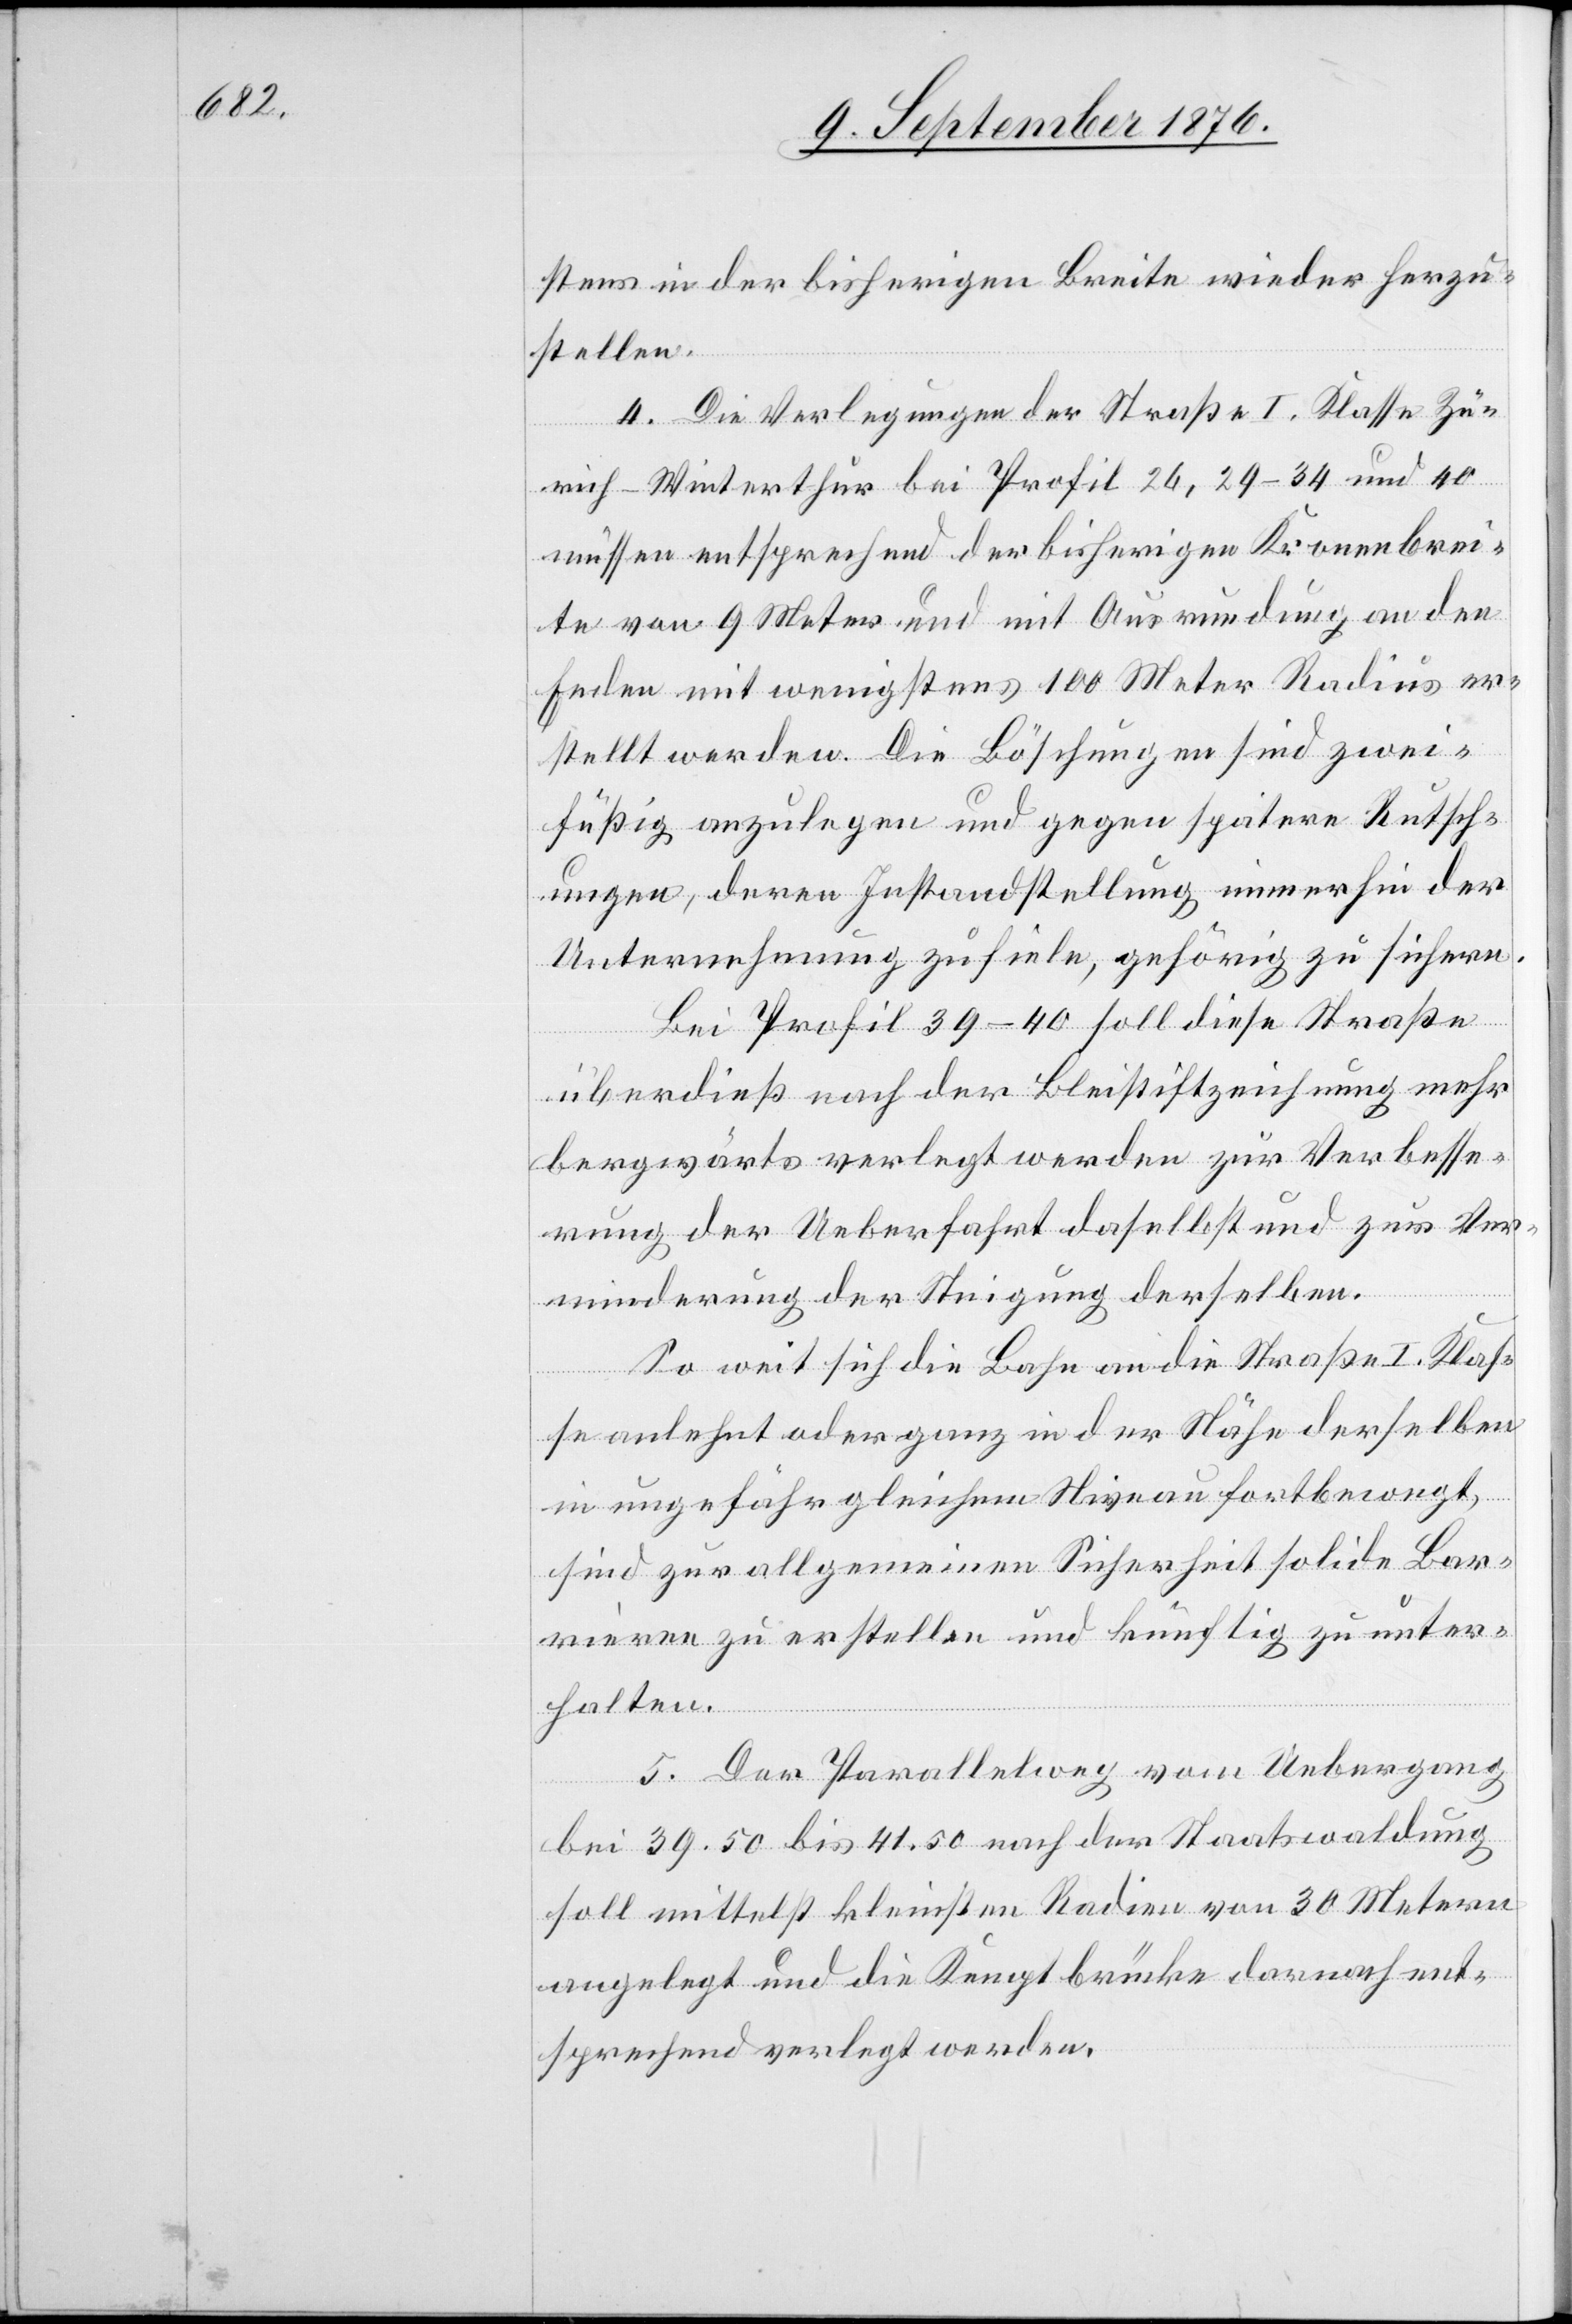
stens in der bisherigen Breite wieder herzu¬
stellen.
4. Die Verlegungen der Straße I. Klasse Zü¬
rich–Winterthur bei Profil 26, 29–34 und 40
müssen entsprechend der bisherigen Kronenbrei¬
te von 9 Meter und mit Ausrundung an den
Enden mit wenigstens 100 Meter Radius er¬
stellt werden. Die Böschungen sind zwei¬
füßig anzulegen und gegen spätere Rutsch¬
ungen, deren Instandstellung immerhin der
Unternehmung zufiele, gehörig zu sichern.
Bei Profil 39–40 soll diese Straße
überdieß nach der Bleistiftzeichnung mehr
bergwärts verlegt werden zur Verbesse¬
rung der Ueberfahrt daselbst und zur Ver¬
minderung der Steigung derselben.
So weit sich die Bahn an die Straße I. Klas¬
se angelehnt oder ganz in der Nähe derselben
in ungefähr gleichem Niveau fortbewegt,
sind zur allgemeinen Sicherheit solide Bar¬
rièren zu erstellen und künftig zu unter¬
halten.
5. Der Parallelweg vom Uebergang
bei 39.50 bis 41.50 nach der Staatswaldung
soll mittelst kleinsten Radien von 30 Metern
angelegt und die Kemptbrücke darnach ent¬
sprechend verlegt werden.